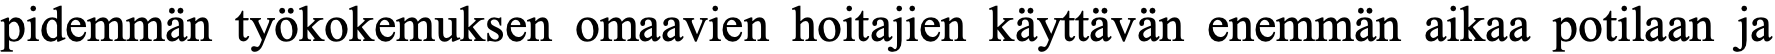
pidemmän työkokemuksen omaavien hoitajien käyttävän enemmän aikaa potilaan ja